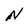
Character: N